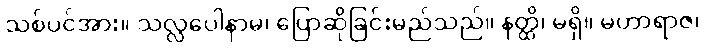
သစ်ပင်အား။ သလ္လပေါနာမ၊ ပြောဆိုခြင်းမည်သည်။ နတ္ထိ၊ မရှိ။ မဟာရာဇ၊